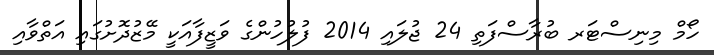
ހޯމް މިނިސްޓަރ ބުރާސްފަތި 24 ޖުލައި 2014 ފުލުހުންގެ ވަޒީފާއަކީ މޭޒުދޮށުގައި އަތްވާއި